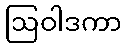
ဩဝါဒကာ